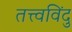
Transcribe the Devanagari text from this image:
तत्त्वविंदु